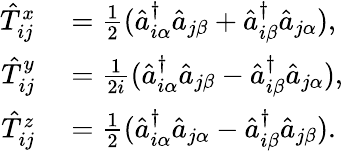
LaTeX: \begin{array}{rl}{\hat{T}_{ij}^{x}}&{{}=\frac{1}{2}(\hat{a}_{i\alpha}^{\dagger}\hat{a}_{j\beta}+\hat{a}_{i\beta}^{\dagger}\hat{a}_{j\alpha}),}\\ {\hat{T}_{ij}^{y}}&{{}=\frac{1}{2i}(\hat{a}_{i\alpha}^{\dagger}\hat{a}_{j\beta}-\hat{a}_{i\beta}^{\dagger}\hat{a}_{j\alpha}),}\\ {\hat{T}_{ij}^{z}}&{{}=\frac{1}{2}(\hat{a}_{i\alpha}^{\dagger}\hat{a}_{j\alpha}-\hat{a}_{i\beta}^{\dagger}\hat{a}_{j\beta}).}\end{array}